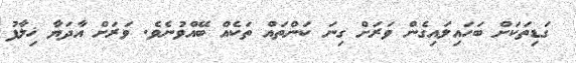
ގަޑިތަކަށް ބަހައިލައިގެން ވަރަށް ގިނަ ކަންތައް ތަކެއް ބޭއްވުނެވެ. ވަރަށް އާދަޔާ ޚިލާފު